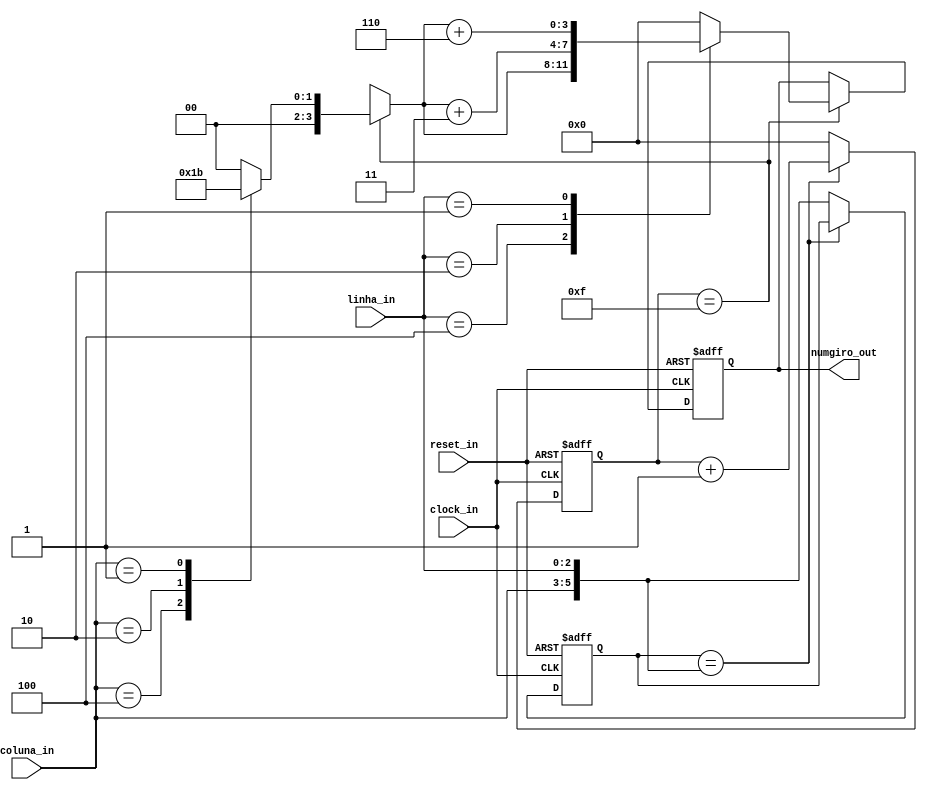
module teclado(reset_in, clock_in, coluna_in, linha_in, numgiro_out);

// input
input reset_in, clock_in;
input wire [2:0] coluna_in, linha_in;

// output
output [3:0] numgiro_out;

// reg
reg [3:0] backup_numgiro, contador;
reg [5:0] backup_tecla;

always @(posedge clock_in or posedge reset_in) begin
// caso acontea um reset
 if(reset_in) begin
  backup_numgiro = 4'b0000;
  contador = 4'b0000;
  backup_tecla = 8'b0;
 end
// caso acontea um pulso de clock
 else begin
  // logica para o teclado
  if(contador == 4'b1111)begin
	
   // define o valor de numGiro para qual tecla do teclado matricial foi pressionada.
	case(coluna_in)
	 3'b100: backup_numgiro = 4'b0001;
	 3'b010: backup_numgiro = 4'b0010;
	 3'b001: backup_numgiro = 4'b0011;
	 default: backup_numgiro = 4'b0000;
	endcase 
	case(linha_in)
	 3'b100: backup_numgiro = backup_numgiro;
	 3'b010: backup_numgiro = backup_numgiro + 4'b0011;
	 3'b001: backup_numgiro = backup_numgiro + 4'b0110;
	 default: backup_numgiro = 4'b0000;
	endcase
  end
	
  // debounce do teclado 
  if(backup_tecla == {coluna_in, linha_in})begin
   contador = contador + 4'b0001;
  end
  else begin
   contador = 4'b0000;
   backup_tecla = {coluna_in, linha_in};
  end
 end
end

// define a saida a partir da logica
assign numgiro_out = backup_numgiro;

endmodule